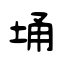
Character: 埇